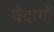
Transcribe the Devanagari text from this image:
वेदागों